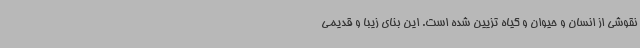
نقوشی از انسان و حیوان و گیاه تزیین شده است. این بنای زیبا و قدیمی